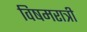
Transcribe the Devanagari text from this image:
विषमरात्री